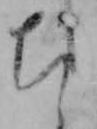
ち